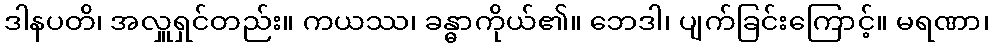
ဒါနပတိ၊ အလှူရှင်တည်း။ ကယဿ၊ ခန္ဓာကိုယ်၏။ ဘေဒါ၊ ပျက်ခြင်းကြောင့်။ မရဏာ၊